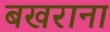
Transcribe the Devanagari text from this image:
बखराना